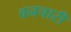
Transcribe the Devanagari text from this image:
वनचारी